Annual report on the Civil Veterinary Department, Burma (including the Insein Veterinary School) - 1910-1922
Year: 1910
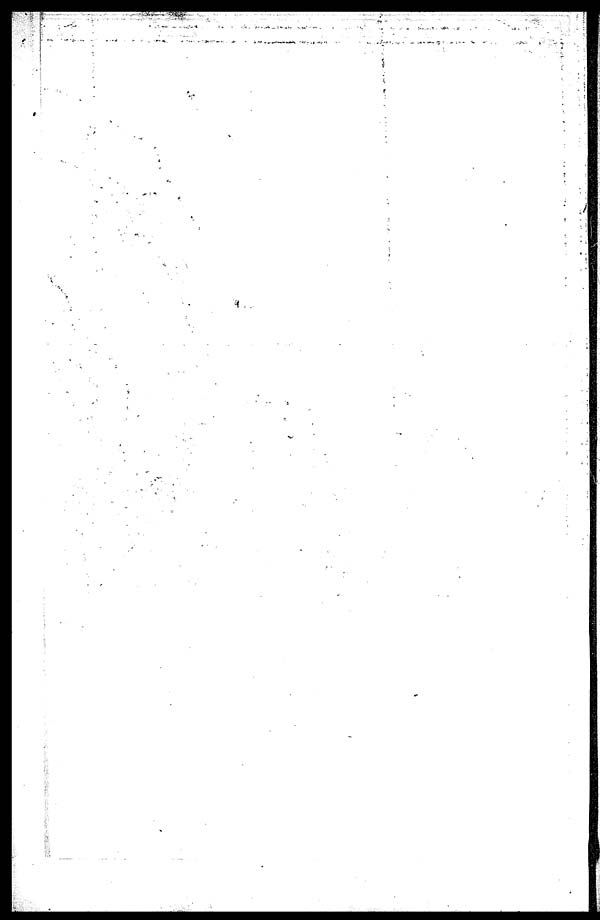
+